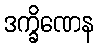
ဒက္ခိဏေန